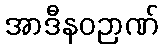
အာဒီနဝဉာဏ်